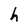
Character: h